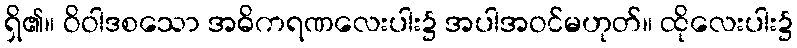
ရှိ၏။ ဝိဝါဒစသော အဓိကရဏလေးပါး၌ အပါအဝင်မဟုတ်။ ထိုလေးပါး၌